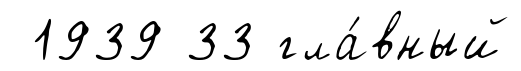
1939 33 гла́вный